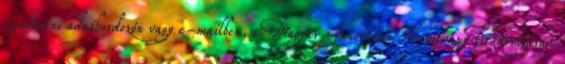
eljuttatni adathordozón vagy e-mailben, a Magyar Innovációs Alapítvány titkárságára: